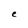
Character: C